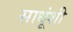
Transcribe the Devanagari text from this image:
साधूंशी